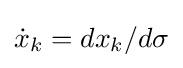
{\dot {x}}_{k}=dx_{k}/d\sigma